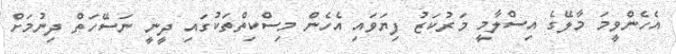
އެހެންވީމަ މާލޭގެ އިސްލާމީ މަރުކަޒު ފިޔަވައި އެހެން މިސްކިތްތަކުގައި ދީނީ ނަސޭހަތް ދިނުމަށް